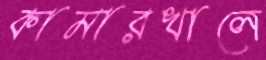
কামারখালে